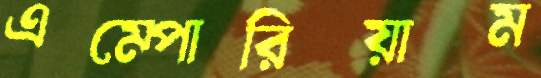
এম্পোরিয়াম